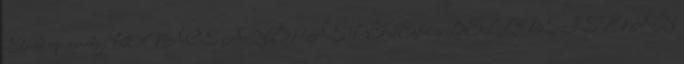
Stand up comedy: KOVÁCS ANDRÁS PÉTER és BELLUS ISTVÁN